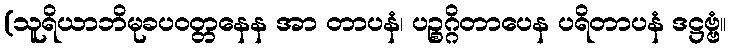
(သူရိယာဘိမုခပဝတ္တနေန အာ တာပနံ၊ ပဉ္စဂ္ဂိတာပေန ပရိတာပနံ ဒဋ္ဌဗ္ဗံ။